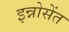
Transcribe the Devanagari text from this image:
इन्नोसेंत